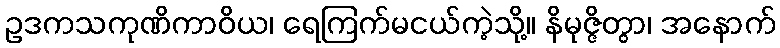
ဥဒကသကုဏိကာဝိယ၊ ရေကြက်မငယ်ကဲ့သို့။ နိမုဇ္ဇိတွာ၊ အနောက်